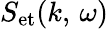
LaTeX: S_{\mathrm{et}}(k,\, \omega)